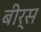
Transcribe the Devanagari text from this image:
बीर्स